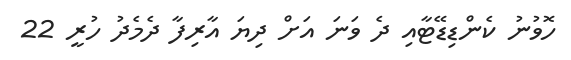
ހޮވުނު ކެންޑިޑޭޓާއި ދެ ވަނަ އަށް ދިޔަ އާރިފާ ދެމެދު ހުރީ 22